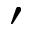
\prime